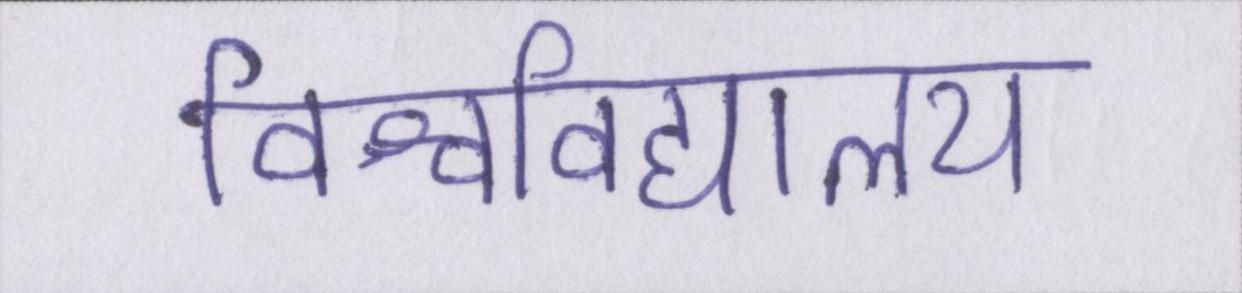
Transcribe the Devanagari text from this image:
विश्वविद्यालय